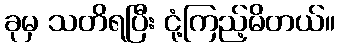
ခုမှ သတိရပြီး ငုံ့ကြည့်မိတယ်။